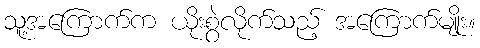
သူ့အကြောက်က ယိုးစွဲလိုက်သည့် အကြောက်မျိုး။